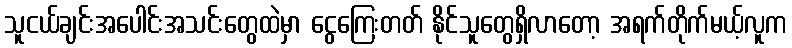
သူငယ်ချင်းအပေါင်းအသင်းတွေထဲမှာ ငွေကြေးတတ် နိုင်သူတွေရှိလာတော့ အရက်တိုက်မယ့်လူက